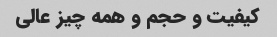
کیفیت و حجم و همه چیز عالى